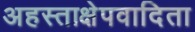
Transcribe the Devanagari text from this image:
अहस्ताक्षेपवादिता